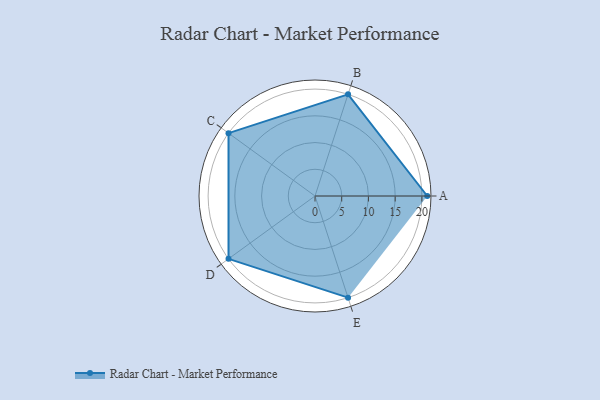
{"axis": {"x": "Skill", "y": "Score"}, "legend": ["Profile"], "data": [{"x": "A", "y": 21.0, "type": "Profile"}, {"x": "B", "y": 20, "type": "Profile"}, {"x": "C", "y": 20, "type": "Profile"}, {"x": "D", "y": 20, "type": "Profile"}, {"x": "E", "y": 20, "type": "Profile"}]}